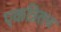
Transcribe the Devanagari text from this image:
एकत्रितच